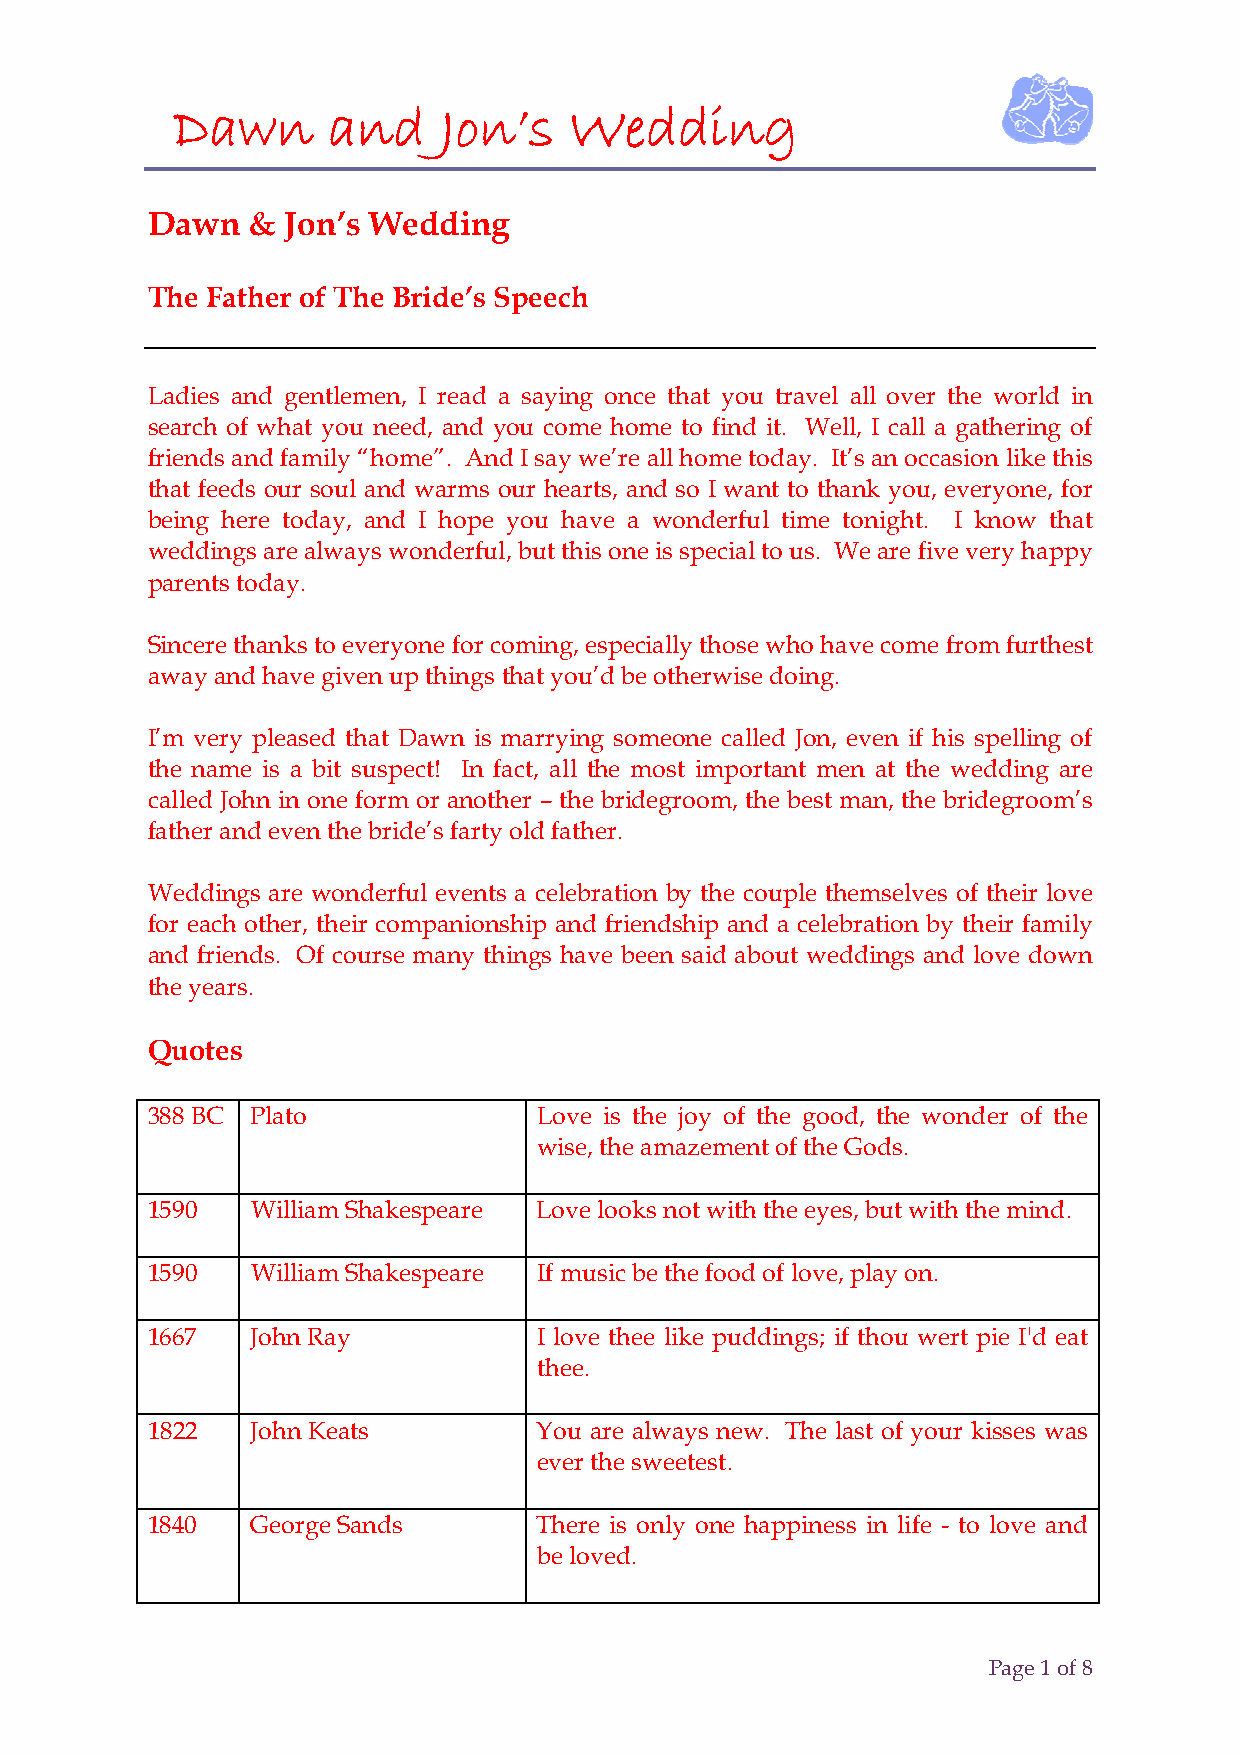
Dawn       and    Jon’s    Wedding
 Dawn  &  Jon’s Wedding
 The Father of The Bride’s Speech
 Ladies and gentlemen, I read a saying once that you travel all over the world in
 search of what you need, and you come home to find it. Well, I call a gathering of
 friends and family “home”. And I say we’re all home today. It’s an occasion like this
 that feeds our soul and warms our hearts, and so I want to thank you, everyone, for
 being here today, and I hope you have a wonderful time tonight. I know that
 weddings are always wonderful, but this one is special to us. We are five very happy
 parents today.
 Sincere thanks to everyone for coming, especially those who have come from furthest
 away and have given up things that you’d be otherwise doing.
 I’m very pleased that Dawn is marrying someone called Jon, even if his spelling of
 the name is a bit suspect! In fact, all the most important men at the wedding are
 called John in one form or another – the bridegroom, the best man, the bridegroom’s
 father and even the bride’s farty old father.
 Weddings are wonderful events a celebration by the couple themselves of their love
 for each other, their companionship and friendship and a celebration by their family
 and friends. Of course many things have been said about weddings and love down
 the years.
 Quotes
 388 BC Plato              Love is the joy of the good, the wonder of the
 wise, the amazement of the Gods.
 1590   William Shakespeare Love looks not with the eyes, but with the mind.
 1590   William Shakespeare If music be the food of love, play on.
 1667   John Ray           I love thee like puddings; if thou wert pie I'd eat
 thee.
 1822   John Keats         You are always new. The last of your kisses was
 ever the sweetest.
 1840   George Sands       There is only one happiness in life - to love and
 be loved.
 Page 1 of 8